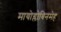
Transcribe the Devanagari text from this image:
मायोग्लोबिनमेह